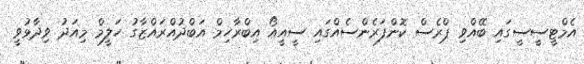
އެމްޓީސީސީގައި ބޭއްވި ޕްރެސް ކޮންފަރެންސެއްގައި ސީއީއޯ އިބްރާހިމް އަބްދުއްރައްޒާގު ހަލީމް މިއަދު ވިދާޅުވީ